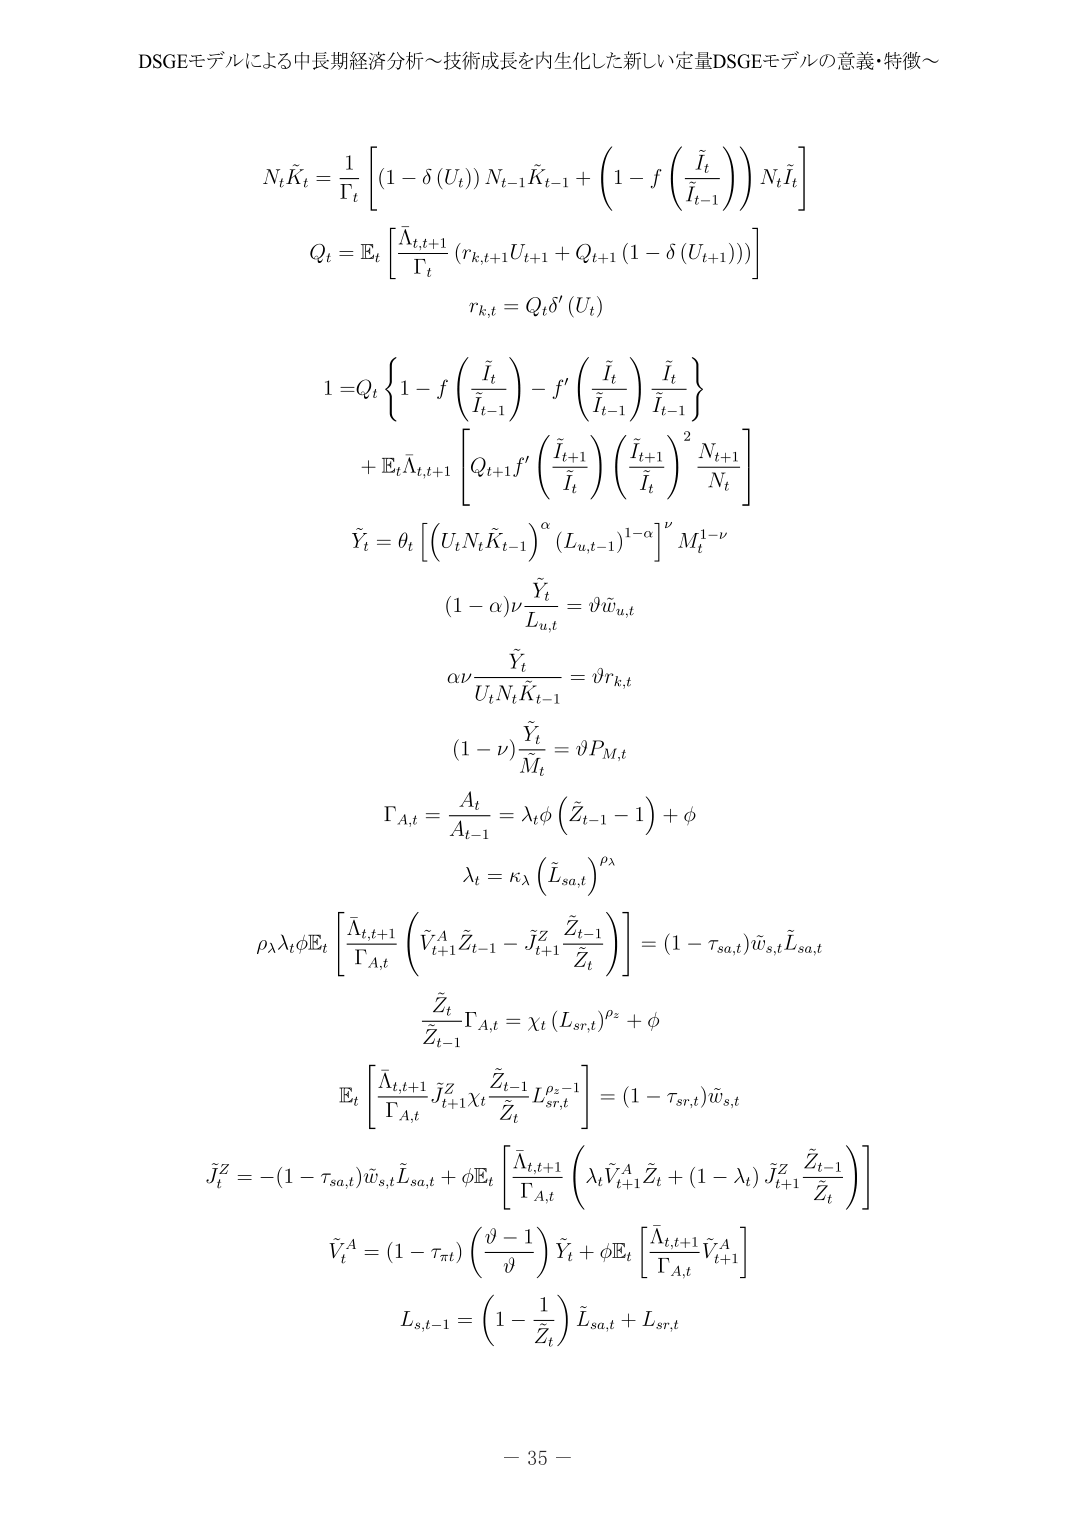
DSGEモデルによる中長期経済分析～技術成長を内生化した新しい定量DSGEモデルの意義・特徴～

N_t \dot{K}_t = \frac{1}{\Gamma_t} \left[ (1 - \delta(U_t)) N_{t-1} \bar{K}_{t-1} + \left(1 - f\left(\frac{\tilde{I}_t}{\tilde{I}_{t-1}}\right)\right) N_t \tilde{I}_t \right]

Q_t = \mathbb{E}_t \left[ \frac{\bar{\Lambda}_{t,t+1}}{\Gamma_t} (r_{k,t+1} U_{t+1} + Q_{t+1} (1 - \delta(U_{t+1}))) \right]

r_{k,t} = Q_t \delta'(U_t)

1 = Q_t \left\{ 1 - f\left(\frac{\tilde{I}_t}{\tilde{I}_{t-1}}\right) - f'\left(\frac{\tilde{I}_t}{\tilde{I}_{t-1}}\right) \frac{\tilde{I}_t}{\tilde{I}_{t-1}} \right\}

+ \mathbb{E}_t \bar{\Lambda}_{t,t+1} \left[ Q_{t+1} f'\left(\frac{\tilde{I}_{t+1}}{\tilde{I}_t}\right) \left(\frac{\tilde{I}_{t+1}}{\tilde{I}_t}\right)^2 \frac{N_{t+1}}{N_t} \right]

\tilde{Y}_t = \theta_t \left[ (U_t N_t \bar{K}_{t-1})^\alpha (L_{u,t-1})^{1-\alpha} \right]^\nu M_t^{1-\nu}

(1 - \alpha)\nu \frac{\tilde{Y}_t}{L_{u,t}} = \vartheta \tilde{w}_{u,t}

\alpha\nu \frac{\tilde{Y}_t}{U_t N_t \bar{K}_{t-1}} = \vartheta r_{k,t}

(1 - \nu) \frac{\tilde{Y}_t}{\tilde{M}_t} = \vartheta P_{M,t}

\Gamma_{A,t} = \frac{A_t}{A_{t-1}} = \lambda_t \phi \left( \tilde{Z}_{t-1} - 1 \right) + \phi

\lambda_t = \kappa_\lambda \left( \tilde{L}_{sa,t} \right)^{\rho_\lambda}

\rho_\lambda \lambda_t \phi \mathbb{E}_t \left[ \frac{\bar{\Lambda}_{t,t+1}}{\Gamma_{A,t}} \left( \tilde{V}_{t+1}^A \tilde{Z}_{t-1} - \tilde{J}_{t+1}^Z \frac{\tilde{Z}_{t-1}}{\tilde{Z}_t} \right) \right] = (1 - \tau_{sa,t}) \tilde{w}_{s,t} \tilde{L}_{sa,t}

\frac{\tilde{Z}_t}{\tilde{Z}_{t-1}} \Gamma_{A,t} = \chi_t \left( L_{sr,t} \right)^{\rho_z} + \phi

\mathbb{E}_t \left[ \frac{\bar{\Lambda}_{t,t+1}}{\Gamma_{A,t}} \tilde{J}_{t+1}^Z \chi_t \frac{\tilde{Z}_{t-1}}{\tilde{Z}_t} L_{sr,t}^{\rho_z - 1} \right] = (1 - \tau_{sr,t}) \tilde{w}_{s,t}

\tilde{J}_t^Z = - (1 - \tau_{sa,t}) \tilde{w}_{s,t} \tilde{L}_{sa,t} + \phi \mathbb{E}_t \left[ \frac{\bar{\Lambda}_{t,t+1}}{\Gamma_{A,t}} \left( \lambda_t \tilde{V}_{t+1}^A \tilde{Z}_t + (1 - \lambda_t) \tilde{J}_{t+1}^Z \frac{\tilde{Z}_{t-1}}{\tilde{Z}_t} \right) \right]

\tilde{V}_t^A = (1 - \tau_{\pi t}) \left( \frac{\vartheta - 1}{\vartheta} \right) \tilde{Y}_t + \phi \mathbb{E}_t \left[ \frac{\bar{\Lambda}_{t,t+1}}{\Gamma_{A,t}} \tilde{V}_{t+1}^A \right]

L_{s,t-1} = \left(1 - \frac{1}{\tilde{Z}_t}\right) \tilde{L}_{sa,t} + L_{sr,t}

- 35 -